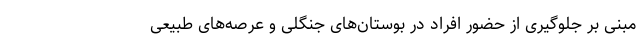
مبنی بر جلوگیری از حضور افراد در بوستان‌های جنگلی و عرصه‌های طبیعی